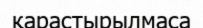
қарастырылмаса